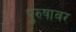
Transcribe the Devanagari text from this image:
पुरुषावर